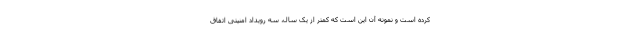
کرده است و نمونه آن این است که کمتر از یک سال، سه رویداد امنیتی اتفاق